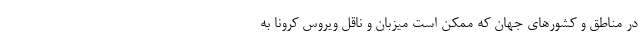
در مناطق و کشور‌های جهان که ممکن است میزبان و ناقل ویروس کرونا به